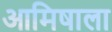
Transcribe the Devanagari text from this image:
आमिषाला